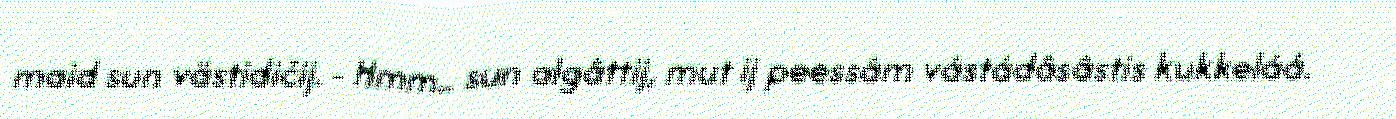
maid sun västidičij. - Hmm.. sun algâttij, mut ij peessâm vástádâsâstis kukkeláá.